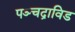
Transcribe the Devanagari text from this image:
पञ्चद्राविड